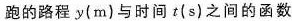
跑的路程y(m)与时间t(s)之间的函数